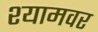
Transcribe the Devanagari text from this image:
श्यामवर